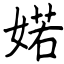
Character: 婼